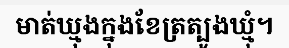
មាត់ឃ្មុងក្នុងខែត្រត្បូងឃ្មុំ។